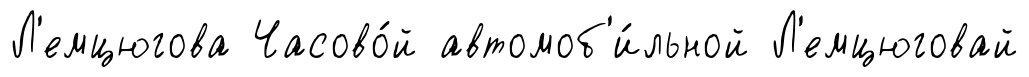
Л'емцюгова Часово́й автомоб'и́льной Л'емцюговай